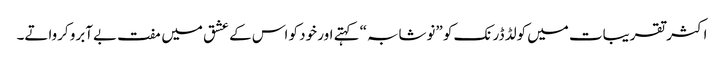
اکثر تقریبات میں کولڈ ڈرنک کو ”نوشابہ“ کہتے اور خود کو اس کے عشق میں مفت بےآبرو کرواتے۔